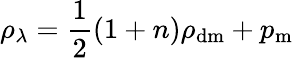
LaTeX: \rho_{\lambda}={\frac{1}{2}}(1+n)\rho_{\mathrm{dm}}+p_{\mathrm{m}}